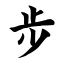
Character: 步